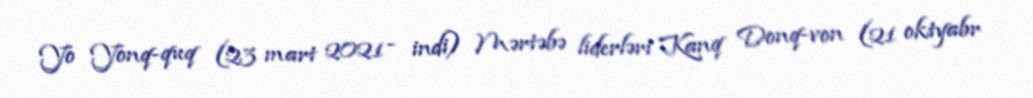
Yo Yonq-quq (23 mart 2021 - indi) Mərtəbə liderləri Kanq Donq-von (21 oktyabr